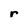
Character: r